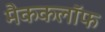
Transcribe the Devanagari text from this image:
मैककलॉफ